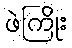
ဖဲကြိုး